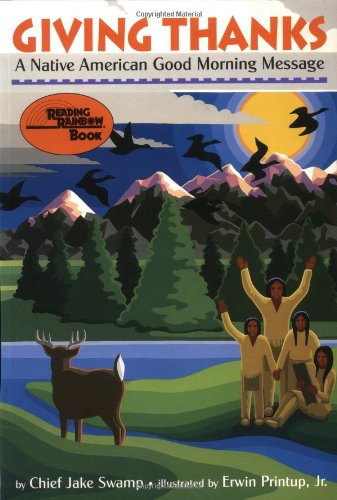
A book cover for Giving Thanks: A Native American Good Morning Message (Reading Rainbow Books); Chief Jake Swamp; Children's Books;